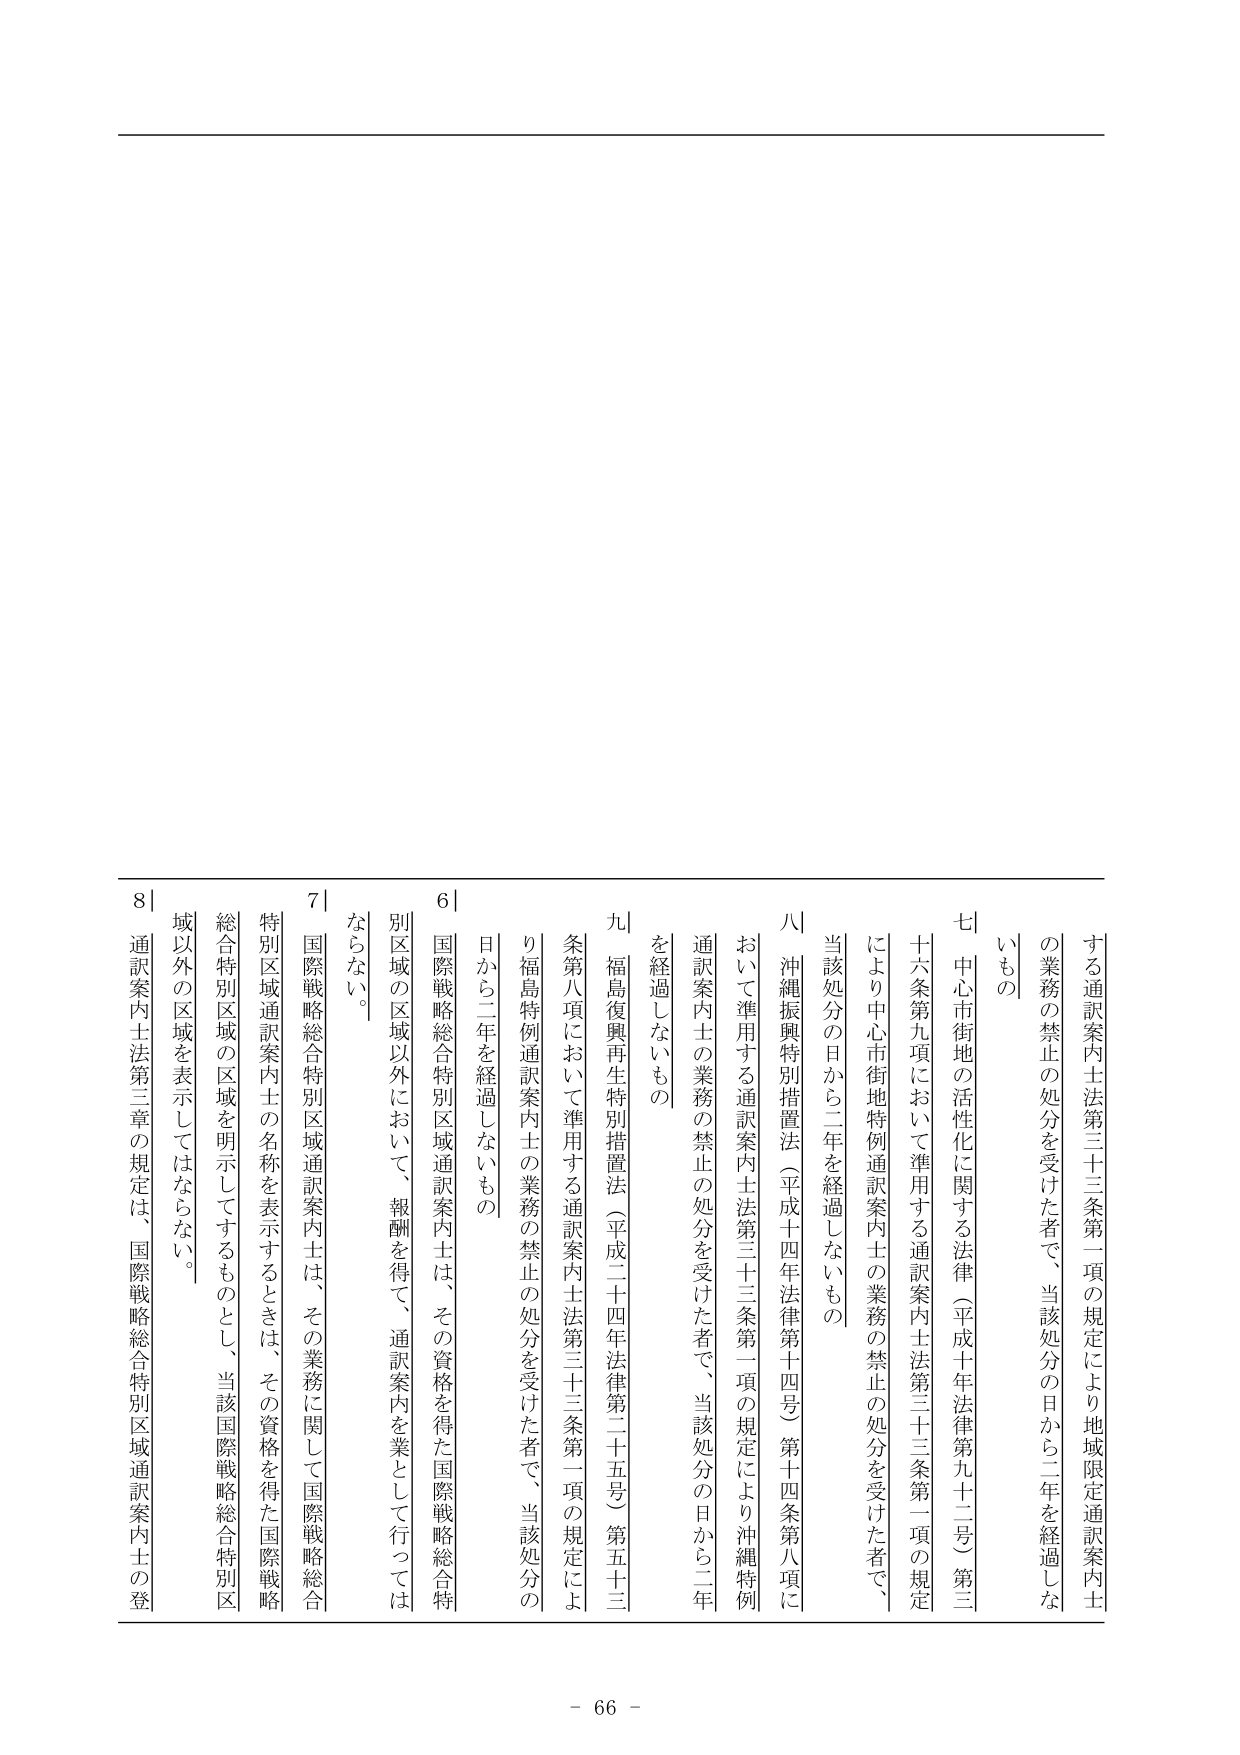
する通訳案内士法第三十三条第一項の規定により地域限定通訳案内士の業務の禁止の処分を受けた者で、当該処分の日から二年を経過しないもの

七 中心市街地の活性化に関する法律（平成十年法律第九十二号）第三十六条第九項において準用する通訳案内士法第三十三条第一項の規定により中心市街地特例通訳案内士の業務の禁止の処分を受けた者で、当該処分の日から二年を経過しないもの

八 沖縄振興特別措置法（平成十四年法律第十四号）第十四条第八項において準用する通訳案内士法第三十三条第一項の規定により沖縄特例通訳案内士の業務の禁止の処分を受けた者で、当該処分の日から二年を経過しないもの

九 福島復興再生特別措置法（平成二十四年法律第二十五号）第五十三条第八項において準用する通訳案内士法第三十三条第一項の規定により福島特例通訳案内士の業務の禁止の処分を受けた者で、当該処分の日から二年を経過しないもの

六 国際戦略総合特別区域通訳案内士は、その資格を得た国際戦略総合特別区域の区域以外において、報酬を得て、通訳案内を業として行ってはならない。

七 国際戦略総合特別区域通訳案内士は、その業務に関して国際戦略総合特別区域通訳案内士の名称を表示するときは、その資格を得た国際戦略総合特別区域の区域を明示してするものとし、当該国際戦略総合特別区域以外の区域を表示してはならない。

八 通訳案内士法第三章の規定は、国際戦略総合特別区域通訳案内士の登

- 66 -